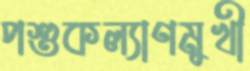
পশুকল্যাণমুখী